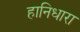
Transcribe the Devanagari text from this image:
हानिधारा